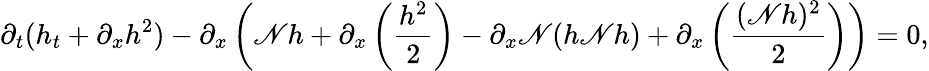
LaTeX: \partial_{t}(h_{t}+\partial_{x}h^{2})-\partial_{x}\left(\mathscr{N}h+\partial_{x}\left(\frac{h^{2}}{2}\right)-\partial_{x}\mathscr{N}(h\mathscr{N}h)+\partial_{x}\left(\frac{(\mathscr{N}h)^{2}}{2}\right)\right)=0,